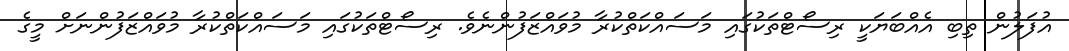
އުފަލުން ތިބި އެއްބަޔަކީ ރިސޯޓްތަކުގައި މަސައްކަތްކުރާ މުވައްޒަފުންނެވެ. ރިސޯޓްތަކުގައި މަސައްކަތްކުރާ މުވައްޒަފުންނަށް މީގެ